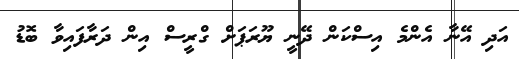
އަދި އޭނާ އެންމެ އިސްކަން ދޭނީ ޔޫރަޕަށް ގްރީސް އިން ދަރާފައިވާ ބޮޑު